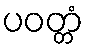
ပဝတ္တံ